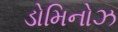
ડોમિનોઝ